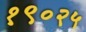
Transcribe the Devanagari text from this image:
१९०२५